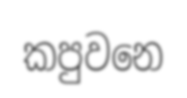
කපුවනෙ